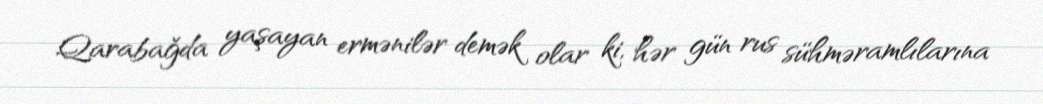
Qarabağda yaşayan ermənilər demək olar ki, hər gün rus sühməramlılarına